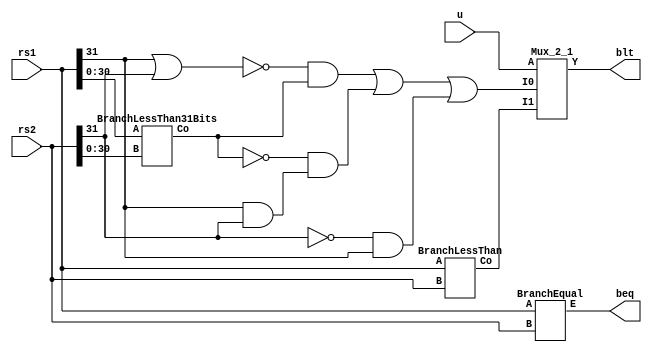
module BranchComparator(rs1, rs2, blt, beq, u);
  input [31:0] rs1, rs2;
  output blt, beq;
  input u;
  wire [30:0] subs1, subs2;
  wire blt1, signo, pos, bltp, bltn, nblt1, blt2p, blt2p2, blt1p, neg, nrs1, nrs2, ver1, wbls, wblu;
  or (subs1[0], rs1[0], 1'b0);
  or (subs1[1], rs1[1], 1'b0);
  or (subs1[2], rs1[2], 1'b0);
  or (subs1[3], rs1[3], 1'b0);
  or (subs1[4], rs1[4], 1'b0);
  or (subs1[5], rs1[5], 1'b0);
  or (subs1[6], rs1[6], 1'b0);
  or (subs1[7], rs1[7], 1'b0);
  or (subs1[8], rs1[8], 1'b0);
  or (subs1[9], rs1[9], 1'b0);
  or (subs1[10], rs1[10], 1'b0);
  or (subs1[11], rs1[11], 1'b0);
  or (subs1[12], rs1[12], 1'b0);
  or (subs1[13], rs1[13], 1'b0);
  or (subs1[14], rs1[14], 1'b0);
  or (subs1[15], rs1[15], 1'b0);
  or (subs1[16], rs1[16], 1'b0);
  or (subs1[17], rs1[17], 1'b0);
  or (subs1[18], rs1[18], 1'b0);
  or (subs1[19], rs1[19], 1'b0);
  or (subs1[20], rs1[20], 1'b0);
  or (subs1[21], rs1[21], 1'b0);
  or (subs1[22], rs1[22], 1'b0);
  or (subs1[23], rs1[23], 1'b0);
  or (subs1[24], rs1[24], 1'b0);
  or (subs1[25], rs1[25], 1'b0);
  or (subs1[26], rs1[26], 1'b0);
  or (subs1[27], rs1[27], 1'b0);
  or (subs1[28], rs1[28], 1'b0);
  or (subs1[29], rs1[29], 1'b0);
  or (subs1[30], rs1[30], 1'b0);
  or (subs2[0], rs2[0], 1'b0);
  or (subs2[1], rs2[1], 1'b0);
  or (subs2[2], rs2[2], 1'b0);
  or (subs2[3], rs2[3], 1'b0);
  or (subs2[4], rs2[4], 1'b0);
  or (subs2[5], rs2[5], 1'b0);
  or (subs2[6], rs2[6], 1'b0);
  or (subs2[7], rs2[7], 1'b0);
  or (subs2[8], rs2[8], 1'b0);
  or (subs2[9], rs2[9], 1'b0);
  or (subs2[10], rs2[10], 1'b0);
  or (subs2[11], rs2[11], 1'b0);
  or (subs2[12], rs2[12], 1'b0);
  or (subs2[13], rs2[13], 1'b0);
  or (subs2[14], rs2[14], 1'b0);
  or (subs2[15], rs2[15], 1'b0);
  or (subs2[16], rs2[16], 1'b0);
  or (subs2[17], rs2[17], 1'b0);
  or (subs2[18], rs2[18], 1'b0);
  or (subs2[19], rs2[19], 1'b0);
  or (subs2[20], rs2[20], 1'b0);
  or (subs2[21], rs2[21], 1'b0);
  or (subs2[22], rs2[22], 1'b0);
  or (subs2[23], rs2[23], 1'b0);
  or (subs2[24], rs2[24], 1'b0);
  or (subs2[25], rs2[25], 1'b0);
  or (subs2[26], rs2[26], 1'b0);
  or (subs2[27], rs2[27], 1'b0);
  or (subs2[28], rs2[28], 1'b0);
  or (subs2[29], rs2[29], 1'b0);
  or (subs2[30], rs2[30], 1'b0);
  BranchLessThan31Bits blt31bits_1(subs1, subs2, blt1);
  BranchEqual BE (rs1, rs2, beq);
  BranchLessThan blt32_1 (rs1, rs2, wblu);
  
  // Signos Distintos?
  xor (signo, rs1[31], rs2[31]);
  
  // Signos iguales
  	//Signos Positivos
  nor (pos, rs1[31], rs2[31]);
  and (bltp, pos, blt1);
  	// Signos Negativos
  and (neg, rs1[31], rs2[31]);
  not (nblt1, blt1);
  and (bltn, nblt1, neg);
  
  // Signos Distintos
  	// rs2 positivo, rs1 negativo
  not (blt2p, rs2[31]);
  and (blt2p2, blt2p, rs1[31]);
  
  or(ver1, bltp, bltn);
  or(wbls, ver1, blt2p2);
  
  Mux_2_1 M21 (wbls, wblu, u, blt);
  
endmodule

module medioSumador(x,y,S,C);
  input x,y;
  output S,C;
  xor(S,x,y);
  and(C,x,y);
endmodule

module Mux_2_1(I0, I1, A, Y);
	input I0, I1, A;
	output Y;
	wire I0A, AN, ANI1;
	nand (I0A, I0, A);
	nand (AN, A, A);
	nand (ANI1, AN, I1);
	nand (Y, I0A, ANI1);
endmodule



module sumador_completo(A,B,Ci,S,Co);
  input A,B, Ci;
  output S,Co;
  wire P,G,H;
  medioSumador ms1(A,B,P,G);
  medioSumador ms2(P,Ci,S,H);
  or(Co,G,H);
endmodule

module BranchLessThan(A,B,Co);
  input [31:0] A,B;
  output Co;
  wire C1, C2, C3, C4, C5, C6, C7, C8, C9, C10, C11, C12, C13, C14, C15, C16, C17, C18, C19, C20, C21, C22, C23, C24, C25, C26, C27, C28, C29, C30, C31, C32;
  wire B0, B1, B2, B3, B4, B5, B6, B7, B8, B9, B10, B11, B12, B13, B14, B15, B16, B17, B18, B19, B20, B21, B22, B23, B24, B25, B26, B27, B28, B29, B30, B31;
  wire [31: 0] S;
  
  xor(B0, B[0], 1);
  xor(B1, B[1], 1);
  xor(B2, B[2], 1);
  xor(B3, B[3], 1);
  xor(B4, B[4], 1);
  xor(B5, B[5], 1);
  xor(B6, B[6], 1);
  xor(B7, B[7], 1);
  xor(B8, B[8], 1);
  xor(B9, B[9], 1);
  xor(B10, B[10], 1);
  xor(B11, B[11], 1);
  xor(B12, B[12], 1);
  xor(B13, B[13], 1);
  xor(B14, B[14], 1);
  xor(B15, B[15], 1);
  xor(B16, B[16], 1);
  xor(B17, B[17], 1);
  xor(B18, B[18], 1);
  xor(B19, B[19], 1);
  xor(B20, B[20], 1);
  xor(B21, B[21], 1);
  xor(B22, B[22], 1);
  xor(B23, B[23], 1);
  xor(B24, B[24], 1);
  xor(B25, B[25], 1);
  xor(B26, B[26], 1);
  xor(B27, B[27], 1);
  xor(B28, B[28], 1);
  xor(B29, B[29], 1);
  xor(B30, B[30], 1);
  xor(B31, B[31], 1);
    
  sumador_completo sc0(A[0],B0,1'b1,S[0],C1);
  sumador_completo sc1(A[1],B1,C1,S[1],C2);
  sumador_completo sc2(A[2],B2,C2,S[2],C3);
  sumador_completo sc3(A[3],B3,C3,S[3],C4);
  sumador_completo sc4(A[4],B4,C4,S[4],C5);
  sumador_completo sc5(A[5],B5,C5,S[5],C6);
  sumador_completo sc6(A[6],B6,C6,S[6],C7);
  sumador_completo sc7(A[7],B7,C7,S[7],C8);
  sumador_completo sc8(A[8],B8,C8,S[8],C9);
  sumador_completo sc9(A[9],B9,C9,S[9],C10);
  sumador_completo sc10(A[10],B10,C10,S[10],C11);
  sumador_completo sc11(A[11],B11,C11,S[11],C12);
  sumador_completo sc12(A[12],B12,C12,S[12],C13);
  sumador_completo sc13(A[13],B13,C13,S[13],C14);
  sumador_completo sc14(A[14],B14,C14,S[14],C15);
  sumador_completo sc15(A[15],B15,C15,S[15],C16);
  sumador_completo sc16(A[16],B16,C16,S[16],C17);
  sumador_completo sc17(A[17],B17,C17,S[17],C18);
  sumador_completo sc18(A[18],B18,C18,S[18],C19);
  sumador_completo sc19(A[19],B19,C19,S[19],C20);
  sumador_completo sc20(A[20],B20,C20,S[20],C21);
  sumador_completo sc21(A[21],B21,C21,S[21],C22);
  sumador_completo sc22(A[22],B22,C22,S[22],C23);
  sumador_completo sc23(A[23],B23,C23,S[23],C24);
  sumador_completo sc24(A[24],B24,C24,S[24],C25);
  sumador_completo sc25(A[25],B25,C25,S[25],C26);
  sumador_completo sc26(A[26],B26,C26,S[26],C27);
  sumador_completo sc27(A[27],B27,C27,S[27],C28);
  sumador_completo sc28(A[28],B28,C28,S[28],C29);
  sumador_completo sc29(A[29],B29,C29,S[29],C30);
  sumador_completo sc30(A[30],B30,C30,S[30],C31);
  sumador_completo sc31(A[31],B31,C31,S[31],C32);
  not (Co, C32);
endmodule

module BranchLessThan31Bits(A,B,Co);
  input [30:0] A,B;
  output Co;
  wire C1, C2, C3, C4, C5, C6, C7, C8, C9, C10, C11, C12, C13, C14, C15, C16, C17, C18, C19, C20, C21, C22, C23, C24, C25, C26, C27, C28, C29, C30, C31;
  wire B0, B1, B2, B3, B4, B5, B6, B7, B8, B9, B10, B11, B12, B13, B14, B15, B16, B17, B18, B19, B20, B21, B22, B23, B24, B25, B26, B27, B28, B29, B30;
  wire [31: 0] S;
  
  xor(B0, B[0], 1);
  xor(B1, B[1], 1);
  xor(B2, B[2], 1);
  xor(B3, B[3], 1);
  xor(B4, B[4], 1);
  xor(B5, B[5], 1);
  xor(B6, B[6], 1);
  xor(B7, B[7], 1);
  xor(B8, B[8], 1);
  xor(B9, B[9], 1);
  xor(B10, B[10], 1);
  xor(B11, B[11], 1);
  xor(B12, B[12], 1);
  xor(B13, B[13], 1);
  xor(B14, B[14], 1);
  xor(B15, B[15], 1);
  xor(B16, B[16], 1);
  xor(B17, B[17], 1);
  xor(B18, B[18], 1);
  xor(B19, B[19], 1);
  xor(B20, B[20], 1);
  xor(B21, B[21], 1);
  xor(B22, B[22], 1);
  xor(B23, B[23], 1);
  xor(B24, B[24], 1);
  xor(B25, B[25], 1);
  xor(B26, B[26], 1);
  xor(B27, B[27], 1);
  xor(B28, B[28], 1);
  xor(B29, B[29], 1);
  xor(B30, B[30], 1);
    
  sumador_completo sc0(A[0],B0,1'b1,S[0],C1);
  sumador_completo sc1(A[1],B1,C1,S[1],C2);
  sumador_completo sc2(A[2],B2,C2,S[2],C3);
  sumador_completo sc3(A[3],B3,C3,S[3],C4);
  sumador_completo sc4(A[4],B4,C4,S[4],C5);
  sumador_completo sc5(A[5],B5,C5,S[5],C6);
  sumador_completo sc6(A[6],B6,C6,S[6],C7);
  sumador_completo sc7(A[7],B7,C7,S[7],C8);
  sumador_completo sc8(A[8],B8,C8,S[8],C9);
  sumador_completo sc9(A[9],B9,C9,S[9],C10);
  sumador_completo sc10(A[10],B10,C10,S[10],C11);
  sumador_completo sc11(A[11],B11,C11,S[11],C12);
  sumador_completo sc12(A[12],B12,C12,S[12],C13);
  sumador_completo sc13(A[13],B13,C13,S[13],C14);
  sumador_completo sc14(A[14],B14,C14,S[14],C15);
  sumador_completo sc15(A[15],B15,C15,S[15],C16);
  sumador_completo sc16(A[16],B16,C16,S[16],C17);
  sumador_completo sc17(A[17],B17,C17,S[17],C18);
  sumador_completo sc18(A[18],B18,C18,S[18],C19);
  sumador_completo sc19(A[19],B19,C19,S[19],C20);
  sumador_completo sc20(A[20],B20,C20,S[20],C21);
  sumador_completo sc21(A[21],B21,C21,S[21],C22);
  sumador_completo sc22(A[22],B22,C22,S[22],C23);
  sumador_completo sc23(A[23],B23,C23,S[23],C24);
  sumador_completo sc24(A[24],B24,C24,S[24],C25);
  sumador_completo sc25(A[25],B25,C25,S[25],C26);
  sumador_completo sc26(A[26],B26,C26,S[26],C27);
  sumador_completo sc27(A[27],B27,C27,S[27],C28);
  sumador_completo sc28(A[28],B28,C28,S[28],C29);
  sumador_completo sc29(A[29],B29,C29,S[29],C30);
  sumador_completo sc30(A[30],B30,C30,S[30],C31);
  not (Co, C31);
endmodule

module sumador32bits(A,B,mode,S,Co);
  input [31:0] A,B;
  input mode;
  //mode = 1 es resta, mode = 0 es suma
  
  output [31:0] S;
  output Co;
  wire C1, C2, C3, C4, C5, C6, C7, C8, C9, C10, C11, C12, C13, C14, C15, C16, C17, C18, C19, C20, C21, C22, C23, C24, C25, C26, C27, C28, C29, C30, C31;
  wire B0, B1, B2, B3, B4, B5, B6, B7, B8, B9, B10, B11, B12, B13, B14, B15, B16, B17, B18, B19, B20, B21, B22, B23, B24, B25, B26, B27, B28, B29, B30, B31;
  //Empieza el spam de XORs por si hay que hacer una resta
  	xor(B0, B[0], mode);
	xor(B1, B[1], mode);
	xor(B2, B[2], mode);
	xor(B3, B[3], mode);
	xor(B4, B[4], mode);
	xor(B5, B[5], mode);
	xor(B6, B[6], mode);
	xor(B7, B[7], mode);
	xor(B8, B[8], mode);
	xor(B9, B[9], mode);
	xor(B10, B[10], mode);
	xor(B11, B[11], mode);
	xor(B12, B[12], mode);
	xor(B13, B[13], mode);
	xor(B14, B[14], mode);
	xor(B15, B[15], mode);
	xor(B16, B[16], mode);
	xor(B17, B[17], mode);
	xor(B18, B[18], mode);
	xor(B19, B[19], mode);
	xor(B20, B[20], mode);
	xor(B21, B[21], mode);
	xor(B22, B[22], mode);
	xor(B23, B[23], mode);
	xor(B24, B[24], mode);
	xor(B25, B[25], mode);
	xor(B26, B[26], mode);
	xor(B27, B[27], mode);
	xor(B28, B[28], mode);
	xor(B29, B[29], mode);
	xor(B30, B[30], mode);
	xor(B31, B[31], mode);
  	
  
  	//Sumador?
  	sumador_completo sc0(A[0],B0,mode,S[0],C1);
	sumador_completo sc1(A[1],B1,C1,S[1],C2);
	sumador_completo sc2(A[2],B2,C2,S[2],C3);
	sumador_completo sc3(A[3],B3,C3,S[3],C4);
	sumador_completo sc4(A[4],B4,C4,S[4],C5);
	sumador_completo sc5(A[5],B5,C5,S[5],C6);
	sumador_completo sc6(A[6],B6,C6,S[6],C7);
	sumador_completo sc7(A[7],B7,C7,S[7],C8);
	sumador_completo sc8(A[8],B8,C8,S[8],C9);
	sumador_completo sc9(A[9],B9,C9,S[9],C10);
	sumador_completo sc10(A[10],B10,C10,S[10],C11);
	sumador_completo sc11(A[11],B11,C11,S[11],C12);
	sumador_completo sc12(A[12],B12,C12,S[12],C13);
	sumador_completo sc13(A[13],B13,C13,S[13],C14);
	sumador_completo sc14(A[14],B14,C14,S[14],C15);
	sumador_completo sc15(A[15],B15,C15,S[15],C16);
	sumador_completo sc16(A[16],B16,C16,S[16],C17);
	sumador_completo sc17(A[17],B17,C17,S[17],C18);
	sumador_completo sc18(A[18],B18,C18,S[18],C19);
	sumador_completo sc19(A[19],B19,C19,S[19],C20);
	sumador_completo sc20(A[20],B20,C20,S[20],C21);
	sumador_completo sc21(A[21],B21,C21,S[21],C22);
	sumador_completo sc22(A[22],B22,C22,S[22],C23);
	sumador_completo sc23(A[23],B23,C23,S[23],C24);
	sumador_completo sc24(A[24],B24,C24,S[24],C25);
	sumador_completo sc25(A[25],B25,C25,S[25],C26);
	sumador_completo sc26(A[26],B26,C26,S[26],C27);
	sumador_completo sc27(A[27],B27,C27,S[27],C28);
	sumador_completo sc28(A[28],B28,C28,S[28],C29);
	sumador_completo sc29(A[29],B29,C29,S[29],C30);
	sumador_completo sc30(A[30],B30,C30,S[30],C31);
  	sumador_completo sc31(A[31],B31,C31,S[31],Co);
endmodule

module BranchEqual(A,B,E);
  input [31:0] A,B;
  output E;
  wire C0, C1, C2, C3, C4, C5, C6, C7, C8, C9, C10, C11, C12, C13, C14, C15, C16, C17, C18, C19, C20, C21, C22, C23, C24, C25, C26, C27, C28, C29, C30, C31, C32, C33, C34, C35, C36, C37, C38, C39, C40, C41, C42, C43, C44, C45, C46, C47, C48, C49, C50, C51, C52, C53, C54, C55, C56, C57, C58, C59, C60, C61;

  
  xnor (C0, A[0], B[0]);
  xnor (C1, A[1], B[1]);
  xnor (C2, A[2], B[2]);
  xnor (C3, A[3], B[3]);
  xnor (C4, A[4], B[4]);
  xnor (C5, A[5], B[5]);
  xnor (C6, A[6], B[6]);
  xnor (C7, A[7], B[7]);
  xnor (C8, A[8], B[8]);
  xnor (C9, A[9], B[9]);
  xnor (C10, A[10], B[10]);
  xnor (C11, A[11], B[11]);
  xnor (C12, A[12], B[12]);
  xnor (C13, A[13], B[13]);
  xnor (C14, A[14], B[14]);
  xnor (C15, A[15], B[15]);
  xnor (C16, A[16], B[16]);
  xnor (C17, A[17], B[17]);
  xnor (C18, A[18], B[18]);
  xnor (C19, A[19], B[19]);
  xnor (C20, A[20], B[20]);
  xnor (C21, A[21], B[21]);
  xnor (C22, A[22], B[22]);
  xnor (C23, A[23], B[23]);
  xnor (C24, A[24], B[24]);
  xnor (C25, A[25], B[25]);
  xnor (C26, A[26], B[26]);
  xnor (C27, A[27], B[27]);
  xnor (C28, A[28], B[28]);
  xnor (C29, A[29], B[29]);
  xnor (C30, A[30], B[30]);
  xnor (C31, A[31], B[31]);
  and (C32, C0, C1);
  and (C33, C2, C3);
  and (C34, C4, C5);
  and (C35, C6, C7);
  and (C36, C8, C9);
  and (C37, C10, C11);
  and (C38, C12, C13);
  and (C39, C14, C15);
  and (C40, C16, C17);
  and (C41, C18, C19);
  and (C42, C20, C21);
  and (C43, C22, C23);
  and (C44, C24, C25);
  and (C45, C26, C27);
  and (C46, C28, C29);
  and (C47, C30, C31);
  and (C48, C32, C33);
  and (C49, C34, C35);
  and (C50, C36, C37);
  and (C51, C38, C39);
  and (C52, C40, C41);
  and (C53, C42, C43);
  and (C54, C44, C45);
  and (C55, C46, C47);
  and (C56, C48, C49);
  and (C57, C50, C51);
  and (C58, C52, C53);
  and (C59, C54, C55);
  and (C60, C56, C57);
  and (C61, C58, C59);
  and (E, C60, C61);
endmodule